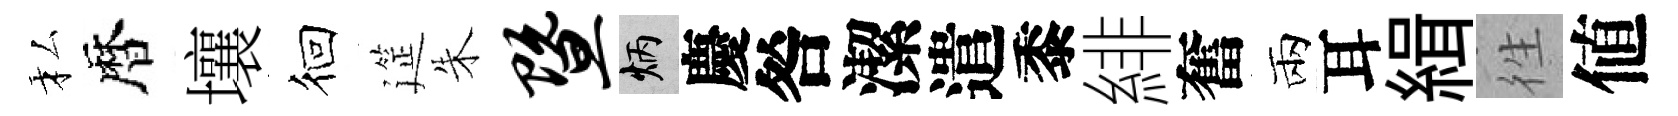
私暦壤徊筵朱暨炳慶咎潔遣黍緋奮兩耳緝徃値